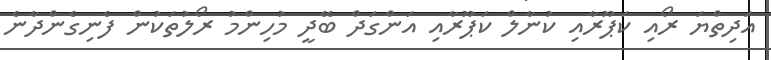
އަދިތްޔަ ރޯއި ކަޕޫރާއި ކުނާލް ކަޕޫރާއި އަންގަދް ބޭދީ މުހިންމު ރޯލުތަކުން ފެނިގެންދާނެ